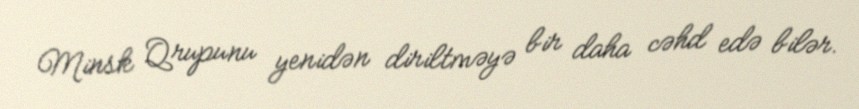
Minsk Qrupunu yenidən diriltməyə bir daha cəhd edə bilər.